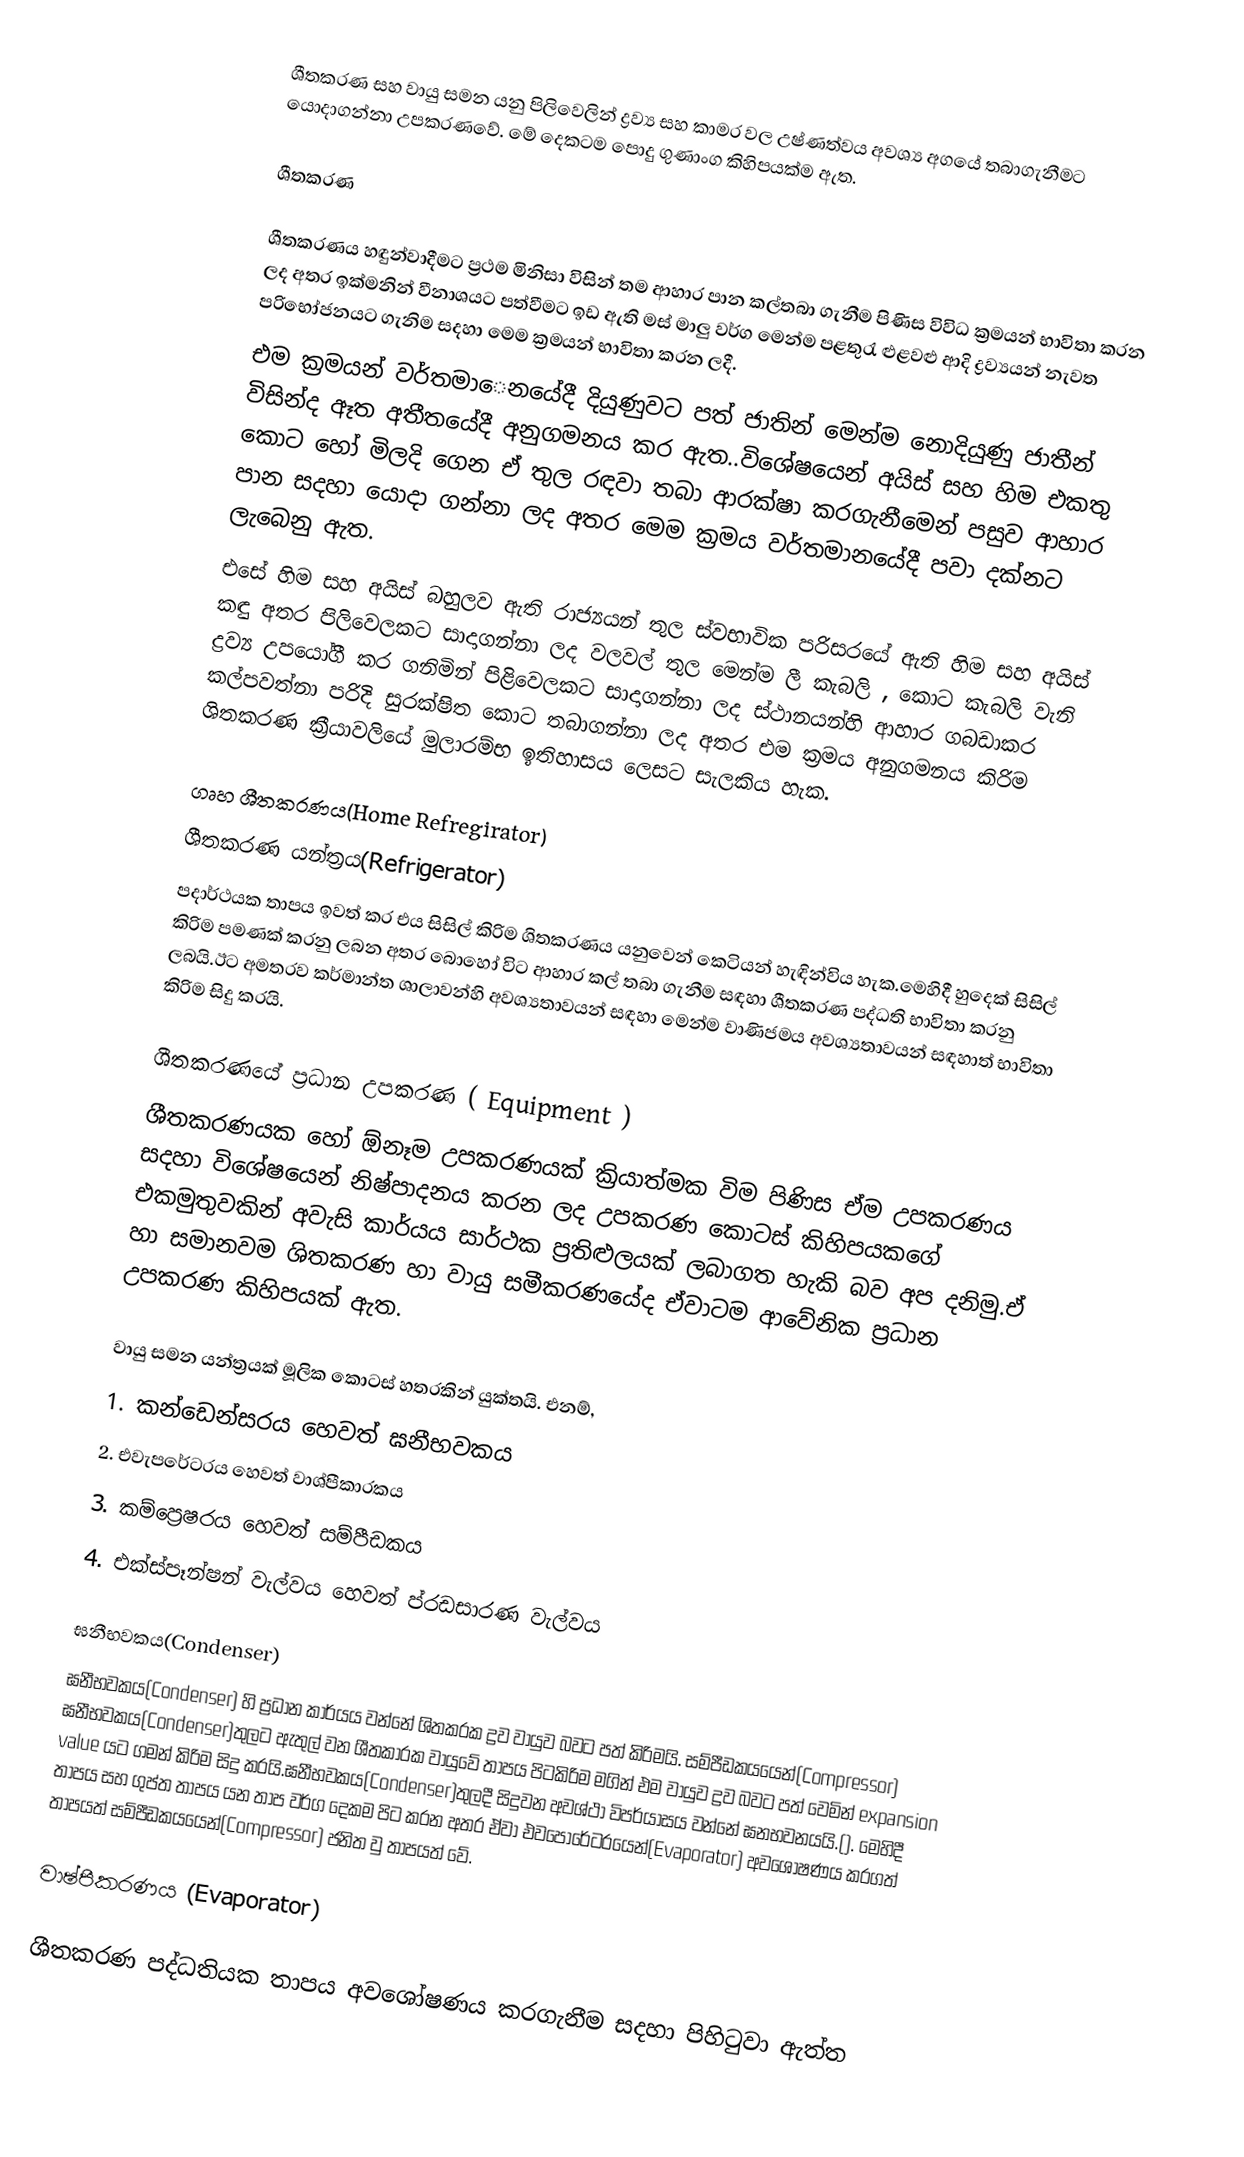
ශීතකරණ සහ වායු සමන යනු පිලිවෙලින් ද්‍රව්‍ය සහ කාමර වල උෂ්ණත්වය අවශ්‍ය අගයේ තබාගැනීමට යොදාගන්නා උපකරණවේ. මේ දෙකටම පොදු ගුණාංග කිහිපයක්ම ඇත.

ශීතකරණ

ශීතකරණය හඳුන්වාදීමට ප්‍රථම මිනිසා විසින් තම ආහාර පාන කල්තබා ගැනීම පිණිස විවිධ ක්‍රමයන් භාවිතා කරන ලද අතර ඉක්මනින් වීනාශයට පත්වීමට ඉඩ ඇති මස් මාලු වර්ග මෙන්ම පළතුරැ ළුළවළු ආදි ද්‍රව්‍යයන් නැවත පරිභෝජනයට ගැනිම සදහා මෙම ක්‍රමයන් භාවිතා කරන ලදී.
එම ක්‍රමයන් වර්තමාෙනයේදී දියුණුවට පත් ජාතින් මෙන්ම නොදියුණු ජාතීන් විසින්ද ඈත අතීතයේදී අනුගමනය කර ඇත..විශේෂයෙන් අයිස් සහ හිම එකතු කොට හෝ මිලදි ගෙන ඒ තුල රඳවා තබා ආරක්ෂා කරගැනීමෙන් පසුව ආහාර පාන සදහා යොදා ගන්නා ලද අතර මෙම ක්‍රමය වර්තමානයේදී පවා දක්නට ලැබෙනු ඇත.
එසේ හිම සහ අයිස් බහුලව ඇති රාජ්‍යයන් තුල ස්වභාවික පරිසරයේ ඇති හිම සහ අයිස් කඳු අතර පිලිවෙලකට සාදාගන්නා ලද වලවල් තුල මෙන්ම ලී කැබලි , කොට කැබලි වැනි ද්‍රව්‍ය උපයෝගී කර ගනිමින් පිළිවෙලකට සාදාගන්නා ලද ස්ථානයන්හි ආහාර ගබඩාකර කල්පවත්නා පරිදි සුරක්ෂිත කොට තබාගන්නා ලද අතර එම ක්‍රමය අනුගමනය කිරිම ශිතකරණ ක්‍රීයාවලියේ මුලාරම්භ ඉතිහාසය ලෙසට සැලකිය හැක.

ගෘහ ශීතකරණය(Home Refregirator)
ශීතකරණ යන්ත්‍රය(Refrigerator)
පදාර්ථයක තාපය ඉවත් කර එය සිසිල් කිරිම ශිතකරණය යනුවෙන් කෙටියන් හැඳින්විය හැක.මෙහිදී හුදෙක්  සිසිල් කිරිම පමණක් කරනු ලබන අතර බොහෝ විට ආහාර කල් තබා ගැනීම සඳහා ශීතකරණ පද්ධති භාවිතා කරනු ලබයි.ඊට අමතරව කර්මාන්ත ශාලාවන්හි අවශ්‍යතාවයන් සඳහා මෙන්ම වාණිජමය අවශ්‍යතාවයන් සඳහාත් භාවිතා කිරිම සිදු කරයි.

ශීතකරණයේ ප්‍රධාන උපකරණ  ( Equipment   )
ශීතකරණයක හෝ ඕනෑම උපකරණයක් ක්‍රියාත්මක විම පිණිස ඒම උපකරණය සදහා විශේෂයෙන් නිෂ්පාදනය කරන ලද උපකරණ කොටස් කිහිපයකගේ එකමුතුවකින් අවැසි කාර්යය සාර්ථක ප්‍රතිළුලයක් ලබාගත හැකි බව අප දනිමු.ඒ හා සමානවම ශිතකරණ හා වායු සමීකරණයේද ඒවාටම ආවේනික ප්‍රධාන උපකරණ කිහිපයක් ඇත.

වායු සමන යන්ත්‍රයක් මූලික කොටස් හතරකින් යුක්තයි. එනම්,
1.	කන්ඩෙන්සරය හෙවත් ඝනීභවකය
2.	එවැපරේටරය හෙවත් වාශ්පීකාරකය
3.	කම්ප්‍රෙෂරය හෙවත් සම්පීඩකය
4.	එක්ස්පෑන්ෂන් වැල්වය හෙවත් ප්රඩසාරණ වැල්වය

ඝනීභවකය(Condenser)
ඝනීභවකය(Condenser) හි ප්‍රධාන කාර්යය වන්නේ ශිතකරක ද්‍රව වායුව බවට පත් කිරිමයි. සම්පීඩකයයෙන්(Compressor) ඝනීභවකය(Condenser)තුලට ඇතුල් වන ශීතකාරක වායුවේ තාපය පිටකිරිම මගින් එම වායුව ද්‍රව බවට පත් වෙමින් expansion value යට  ගමන් කිරිම සිදු කරයි.ඝනීභවකය(Condenser)තුලදී සිදුවන අවශ්ථා විපර්යාසය වන්නේ ඝනභවනයයි.(). මෙහිදී තාපය සහ ගුප්ත තාපය යන තාප වර්ග දෙකම පිට කරන අතර ඒවා එවපොරේටරයෙන්(Evaporator) අවශෝෂණය කරගත් තාපයත් සම්පීඩකයයෙන්(Compressor) ජනිත වු තාපයත් වේ.

වාෂ්පීකරණය (Evaporator)

ශීතකරණ පද්ධතියක තාපය අවශෝෂණය කරගැනීම සදහා පිහිටුවා ඇත්ත